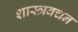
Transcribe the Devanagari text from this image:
शास्त्रवचन